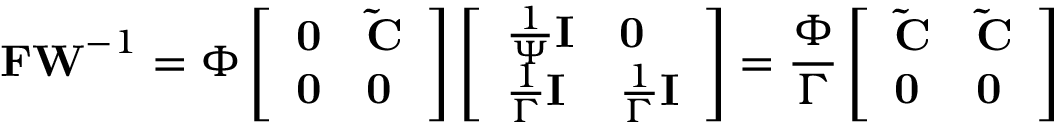
\mathbf { F W } ^ { - 1 } = \Phi \left[ \begin{array} { l l } { \mathbf { 0 } } & { \mathbf { \tilde { C } } } \\ { \mathbf { 0 } } & { \mathbf { 0 } } \end{array} \right] \left[ \begin{array} { l l } { \frac { 1 } { \Psi } \mathbf { I } } & { \mathbf { 0 } } \\ { \frac { 1 } { \Gamma } \mathbf { I } } & { \frac { 1 } { \Gamma } \mathbf { I } } \end{array} \right] = \frac { \Phi } { \Gamma } \left[ \begin{array} { l l } { \mathbf { \tilde { C } } } & { \mathbf { \tilde { C } } } \\ { \mathbf { 0 } } & { \mathbf { 0 } } \end{array} \right]